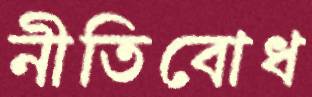
নীতিবোধ